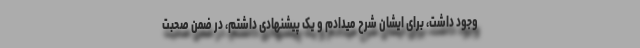
وجود داشت، برای ایشان شرح میدادم و یک پیشنهادی داشتم، در ضمنِ صحبت